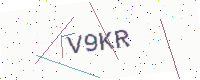
Text: V9KR